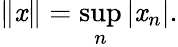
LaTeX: \| \mathit{x}\| =\operatorname*{sup}_{n}|\mathit{x}_{n}|.